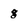
Character: 8